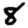
Digit: 8